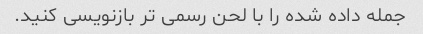
جمله داده شده را با لحن رسمی تر بازنویسی کنید.